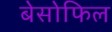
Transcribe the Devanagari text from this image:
बेसोफिल